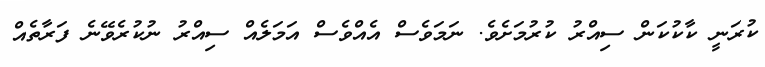
ކުރަނީ ކާކުކަން ސިއްރު ކުރުމަށެވެ. ނަމަވެސް އެއްވެސް އަމަލެއް ސިއްރު ނުކުރެވޭނެ ފަރާތެއް